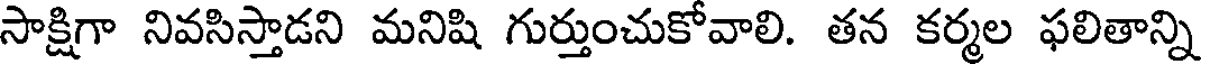
సాక్షిగా నివసిస్తాడని మనిషి గుర్తుంచుకోవాలి. తన కర్మల ఫలితాన్ని